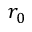
r _ { 0 }